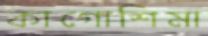
কাগোশিমা